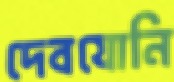
দেবযোনি